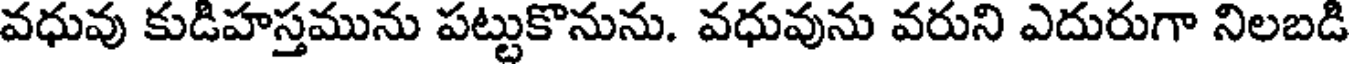
వధువు కుడిహస్తమును పట్టుకొనును. వధువును వరుని ఎదురుగా నిలబడి